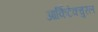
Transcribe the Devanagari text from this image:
आर्किटेक्चुरल